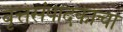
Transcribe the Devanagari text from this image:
वृत्तसंपादकाचा